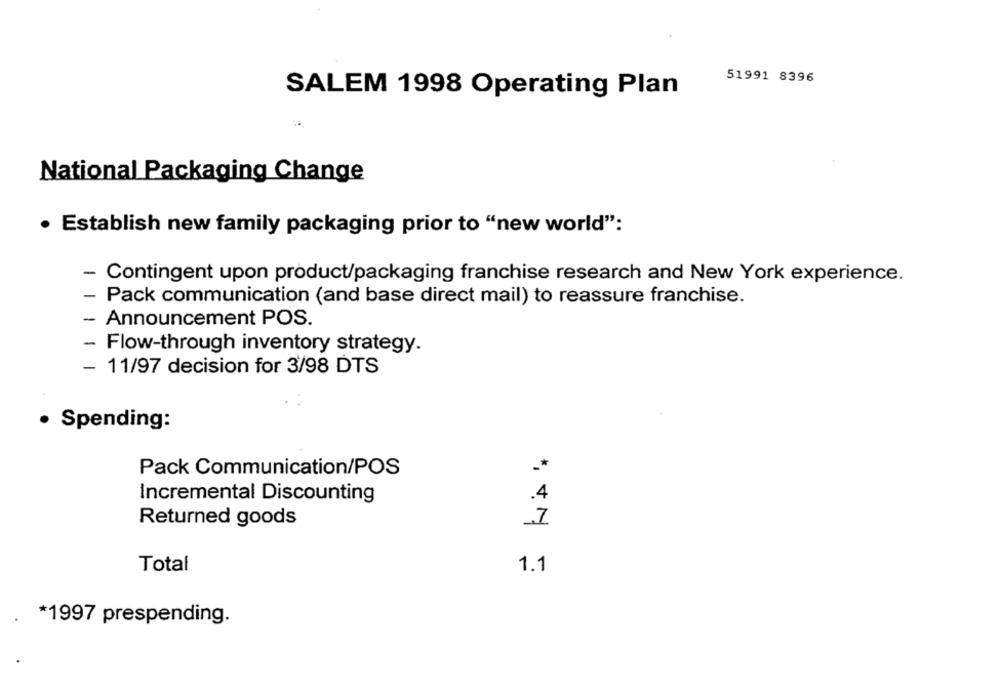
51991 8396
SALEM 1998 Operating Plan
National Packaging Change
· Establish new family packaging prior to "new world":
- Contingent upon product/packaging franchise research and New York experience.
- Pack communication (and base direct mail) to reassure franchise.
- Announcement POS.
- Flow-through inventory strategy.
- 11/97 decision for 3/98 DTS
· Spending:
-*
Pack Communication/POS
.4
Incremental Discounting
Returned goods
Total
1.1
*1997 prespending.